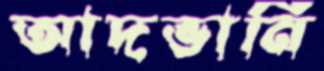
আদভানি